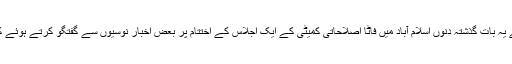
انھوں نے یہ بات گذشتہ دنوں اسلام آباد میں فاٹا اصلاحاتی کمیٹی کے ایک اجلاس کے اختتام پر بعض اخبار نوسیوں سے گفتگو کرتے ہوئے کہی تھی۔